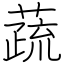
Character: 蔬